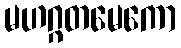
မဟဂ္ဂတမေကော